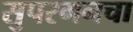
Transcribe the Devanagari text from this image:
सुपरगनचा